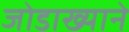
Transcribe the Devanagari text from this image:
जोडाख्याने